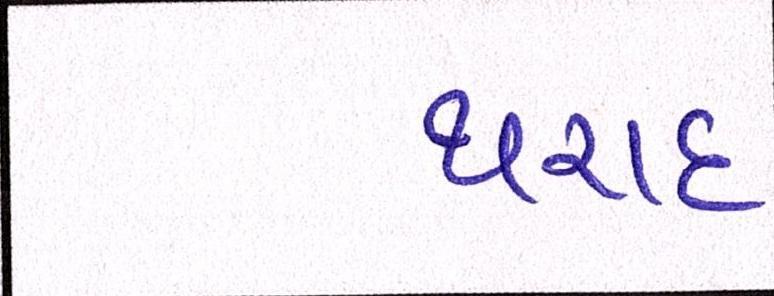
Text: થરાદ